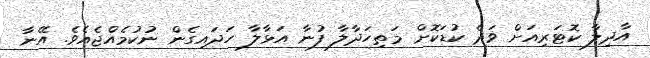
އާދިލާ ކޮޓަރިއަށް ވަދެ ކުޑަކޮށް މަތިހަދާލާ ފުނާ އަޅާލާ ހަދައިގެން ނުކުމެއްޖެއެވެ. އޭނާ